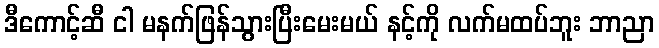
ဒီကောင့်ဆီ ငါ မနက်ဖြန်သွားပြီးမေးမယ် နင့်ကို လက်မထပ်ဘူး ဘာညာ